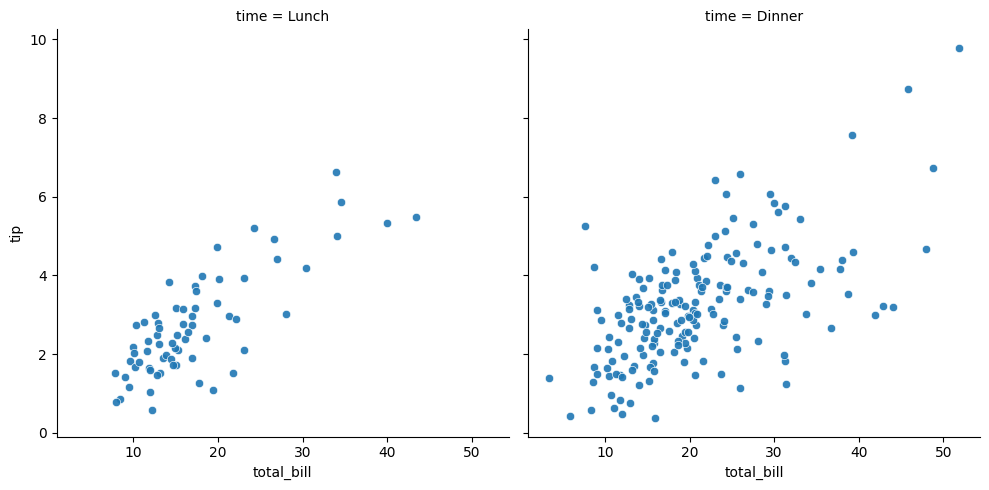
python, seaborn, relplot, alpha=0.9